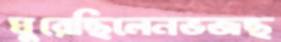
ঘুরেছিলেনভজছ